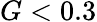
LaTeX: G<0.3